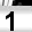
Digit: 1